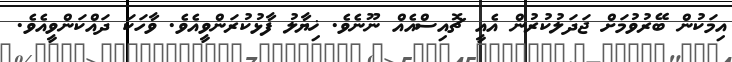
އިމަކުން ބޭރުވުމަށް ޖަދަލުކުރުން އެއީ ޗޮއިސްއެއް ނޫނެވެ. ޚިޔާލު ފާޅުކުރަންވީއެވެ. ވާހަކަ ދައްކަންވީއެވެ.